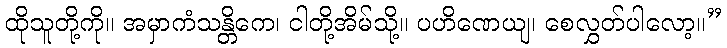
ထိုသူတို့ကို။ အမှာကံသန္တိကေ၊ ငါတို့အိမ်သို့။ ပဟိဏေယျ၊ စေလွှတ်ပါလော့။”